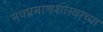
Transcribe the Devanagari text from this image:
नवप्रमाणशास्त्राच्या